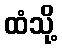
ထံသို့